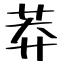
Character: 莽